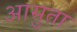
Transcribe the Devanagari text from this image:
आसुता